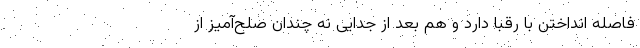
فاصله انداختن با رقبا دارد و هم بعد از جدایی نه چندان صلح‌آمیز از